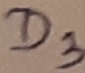
Text: D3